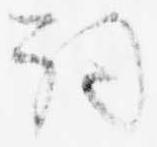
詞